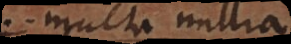
multa millia